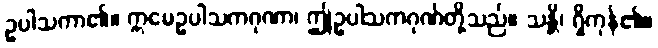
ဥပါသကာ၏။ ဣမေဥပါသကဂုဏာ၊ ဤဥပါသကဂုဏ်တို့သည်။ သန္တိ၊ ရှိကုန်၏။